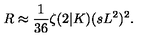
R \approx \frac { 1 } { 3 6 } \zeta ( 2 | K ) ( s L ^ { 2 } ) ^ { 2 } .